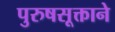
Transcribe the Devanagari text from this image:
पुरुषसूक्ताने